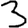
Digit: 3